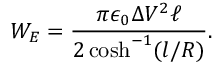
W _ { E } = \frac { \pi \epsilon _ { 0 } \Delta V ^ { 2 } \ell } { 2 \cosh ^ { - 1 } ( l / R ) } .